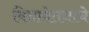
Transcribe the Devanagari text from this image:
विनावेतनाचे